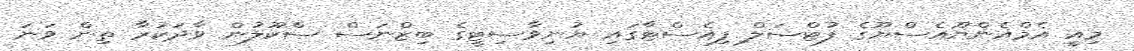
މިއީ އެމްއެންޔޫއެސްޔޫގެ ފުޓްސަލް ފިއެސްޓާގައި ޔުނިވާސިޓީގެ ބިޒްނަސް ސްކޫލުން ވާދަކުރާ ތިން ވަނަ